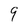
Character: 9